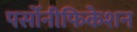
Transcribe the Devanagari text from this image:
पर्सोनीफिकेशन